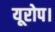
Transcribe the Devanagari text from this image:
यूरोप।